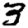
Digit: 3